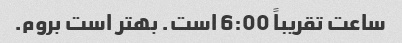
ساعت تقریباً 6:00 است. بهتر است بروم.